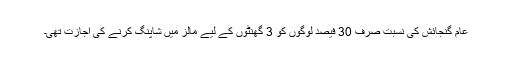
عام گنجائش کی نسبت صرف 30 فیصد لوگوں کو 3 گھنٹوں کے لیے مالز میں شاپنگ کرنے کی اجازت تھی۔